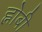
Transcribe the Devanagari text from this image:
ह्नोबी